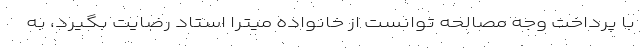
با پرداخت وجه مصالحه توانست از خانواده میترا استاد رضایت بگیرد، به